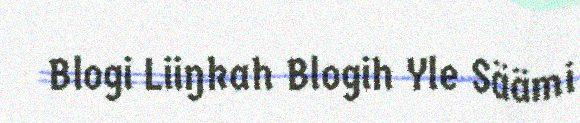
Blogi Liiŋkah Blogih Yle Säämi